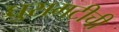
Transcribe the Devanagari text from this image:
घुसमटीची